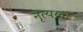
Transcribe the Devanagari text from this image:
नृत्यला